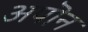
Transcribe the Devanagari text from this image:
अपॊन